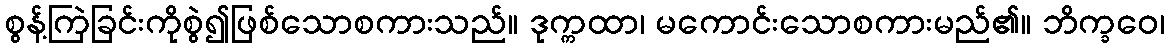
စွန့်ကြဲခြင်းကိုစွဲ၍ဖြစ်သောစကားသည်။ ဒုက္ကထာ၊ မကောင်းသောစကားမည်၏။ ဘိက္ခဝေ၊